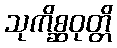
သုကိစ္ဆဝုတ္တိ